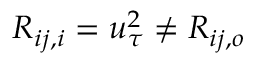
R _ { i j , i } = u _ { \tau } ^ { 2 } \ne R _ { i j , o }